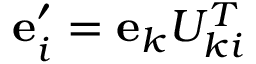
{ \bf e } _ { i } ^ { \prime } = { \bf e } _ { k } U _ { k i } ^ { T }